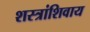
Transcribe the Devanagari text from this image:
शस्त्रांशिवाय